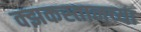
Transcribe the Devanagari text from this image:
क्झकस्तानच्या